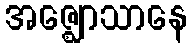
အဇ္ဈောသာနေ